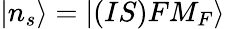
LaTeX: |n_{s}\rangle=|(IS)FM_{F}\rangle